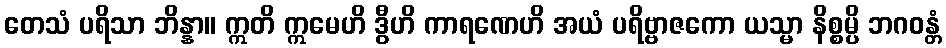
တေသံ ပရိသာ ဘိန္နာ။ ဣတိ ဣမေဟိ ဒွီဟိ ကာရဏေဟိ အယံ ပရိဗ္ဗာဇကော ယသ္မာ နိစ္စမ္ပိ ဘဂဝန္တံ